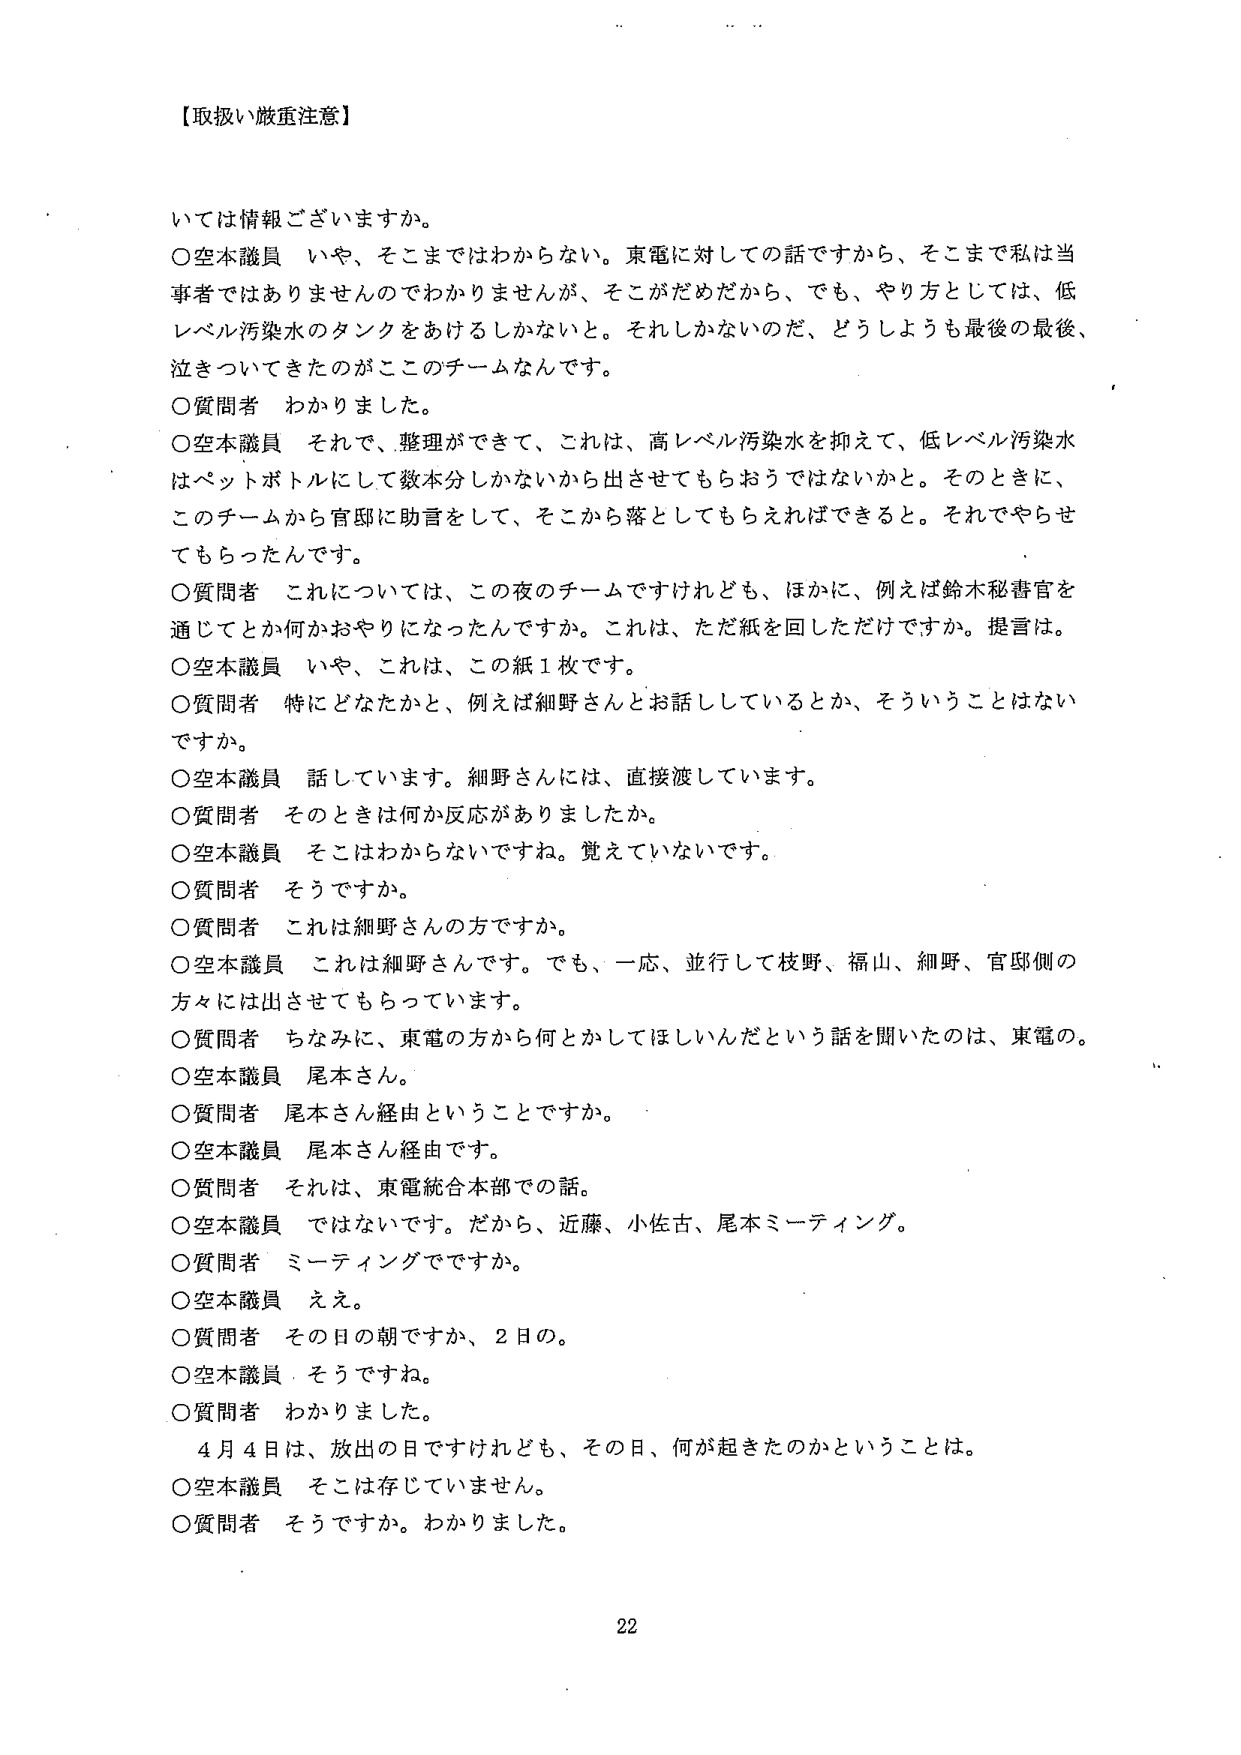
【取扱い厳重注意】

いては情報ございますか。

○空本議員　いや、そこまではわからない。東電に対しての話ですから、そこまで私は当事者ではありませんのでわかりませんが、そこがだめだから、でも、やり方としては、低レベル汚染水のタンクをあけるしかないだと。それしかないのだ、どうしようも最後の最後、泣きついてきたのがここのチームなんです。

○質問者　わかりました。

○空本議員　それで、整理ができて、これは、高レベル汚染水を抑えて、低レベル汚染水はペットボトルにして数本分しかないから出させてもらおうではないかと。そのときに、このチームから官邸に助言をして、そこから落としてもらえればできると。それでやらせてもらったんです。

○質問者　これについては、この夜のチームですけれども、ほかに、例えば鈴木秘書官を通じてとか何かおやりになったんですか。これは、ただ紙を回しただけですか。提言は。

○空本議員　いや、これは、この紙１枚です。

○質問者　特にどなたかと、例えば細野さんとお話しているとか、そういうことはないですか。

○空本議員　話しています。細野さんには、直接渡しています。

○質問者　そのときは何か反応がありましたか。

○空本議員　そこはわからないですね。覚えていないです。

○質問者　そうですか。

○質問者　これは細野さんの方ですか。

○空本議員　これは細野さんです。でも、一応、並行して枝野、福山、細野、官邸側の方々には出させてもらっています。

○質問者　ちなみに、東電の方から何とかしてほしいんだという話を聞いたのは、東電の。

○空本議員　尾本さん。

○質問者　尾本さん経由ということですか。

○空本議員　尾本さん経由です。

○質問者　それは、東電統合本部での話。

○空本議員　ではないです。だから、近藤、小佐古、尾本ミーティング。

○質問者　ミーティングですか。

○空本議員　ええ。

○質問者　その日の朝ですか、２日の。

○空本議員　そうですね。

○質問者　わかりました。

　４月４日は、放出の日ですけれども、その日、何が起きたのかということは。

○空本議員　そこは存じていません。

○質問者　そうですか。わかりました。

22